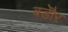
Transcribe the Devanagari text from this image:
बड़ेौर